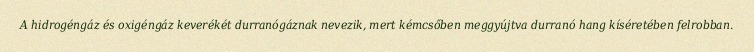
A hidrogéngáz és oxigéngáz keverékét durranógáznak nevezik, mert kémcsőben meggyújtva durranó hang kíséretében felrobban.